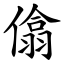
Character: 㒆